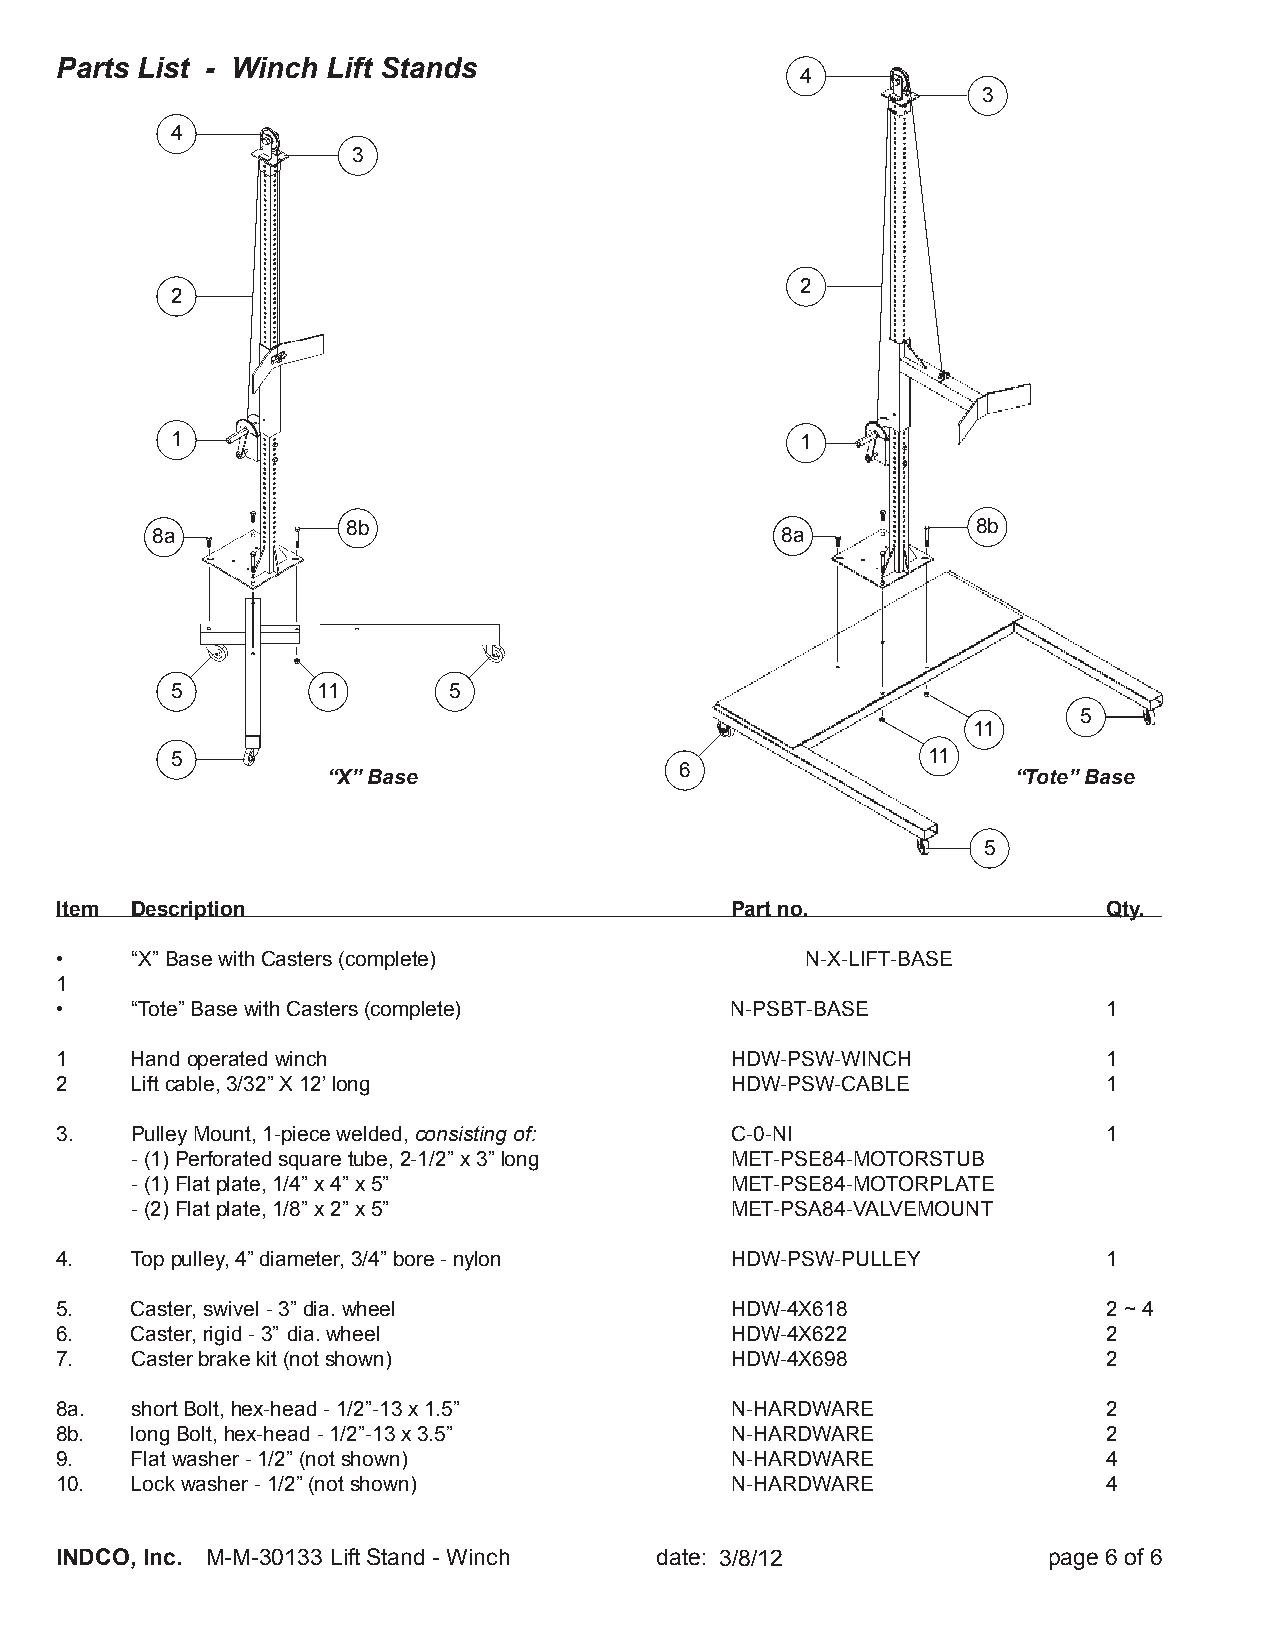
Parts List - Winch Lift Stands
 4
 3
 4
 3
 2
 2
 1                                         1
 8b                                        8b
 8a                                        8a
 5         11       5
 5
 11
 5                                                 11
 6
 “X” Base                                     “Tote” Base
 5
 Item Description                            Part no.                 Qty.
 •    “X” Base with Casters (complete)            N-X-LIFT-BASE
 1
 •    “Tote” Base with Casters (complete)    N-PSBT-BASE              1
 1    Hand operated winch                    HDW-PSW-WINCH            1
 2    Lift cable, 3/32” X 12’ long           HDW-PSW-CABLE            1
 3.   Pulley Mount, 1-piece welded, consisting of: C-0-NI             1
 - (1) Perforated square tube, 2-1/2” x 3” long MET-PSE84-MOTORSTUB
 - (1) Flat plate, 1/4” x 4” x 5”       MET-PSE84-MOTORPLATE
 - (2) Flat plate, 1/8” x 2” x 5”       MET-PSA84-VALVEMOUNT
 4.   Top pulley, 4” diameter, 3/4” bore - nylon HDW-PSW-PULLEY       1
 5.   Caster, swivel - 3” dia. wheel         HDW-4X618                2 ~ 4
 6.   Caster, rigid - 3” dia. wheel          HDW-4X622                2
 7.   Caster brake kit (not shown)           HDW-4X698                2
 8a.  short Bolt, hex-head - 1/2”-13 x 1.5”  N-HARDWARE               2
 8b.  long Bolt, hex-head - 1/2”-13 x 3.5”   N-HARDWARE               2
 9.   Flat washer - 1/2” (not shown)         N-HARDWARE               4
 10.  Lock washer - 1/2” (not shown)         N-HARDWARE               4
 INDCO, Inc. M-M-30133 Lift Stand - Winch date: 73//185/1/024     page 6 of 6